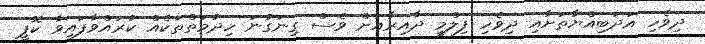
ދިވެހި އަދަބިއްޔާތަށާއި ދިވެހި ފިލްމީ ދާއިރާއަށް ވެސް ގިނަގުނަ ހިދުމަތްތަކެއް ކުރައްވާފައިވާ ކޮޕީ